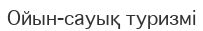
Ойын-сауық туризмі